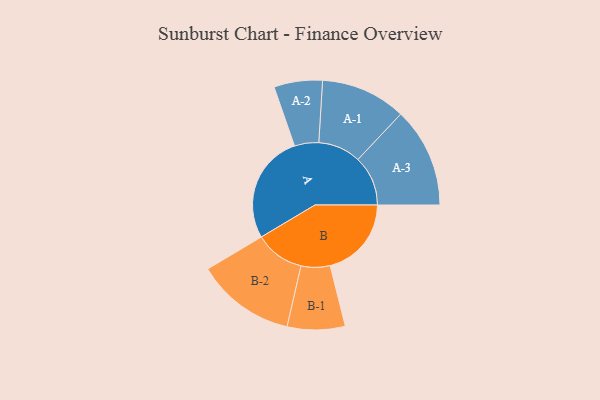
{"axis": {"x": "Segment", "y": "Value"}, "legend": ["", "A", "B"], "data": [{"x": "A", "y": 490, "type": ""}, {"x": "B", "y": 366, "type": ""}, {"x": "A-1", "y": 192, "type": "A"}, {"x": "A-2", "y": 109, "type": "A"}, {"x": "A-3", "y": 225, "type": "A"}, {"x": "B-1", "y": 130, "type": "B"}, {"x": "B-2", "y": 223, "type": "B"}]}